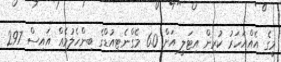
މީގެ އެއްއަހަރު ކުރިން އިޓަލީ އަށް 6.0 މެގްނެޓިއުޑްގެ ބިންހެލުމެއް އައިސް 297